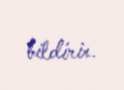
bildirir.